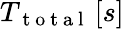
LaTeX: {T_{\mathrm{~t~o~t~a~l~}}}\left[s\right]